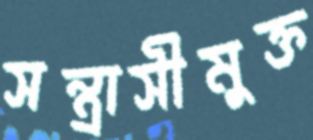
সন্ত্রাসীমুক্ত